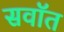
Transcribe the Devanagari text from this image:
सवॉत